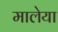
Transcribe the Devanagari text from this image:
मालेया